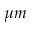
\mu m